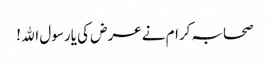
صحابہ کرام نے عرض کی یارسول اﷲ !